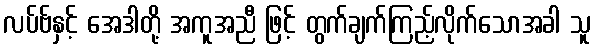
လပ်ဗ်နှင့် အေဒါတို့ အကူအညီ ဖြင့် တွက်ချက်ကြည့်လိုက်သောအခါ သူ